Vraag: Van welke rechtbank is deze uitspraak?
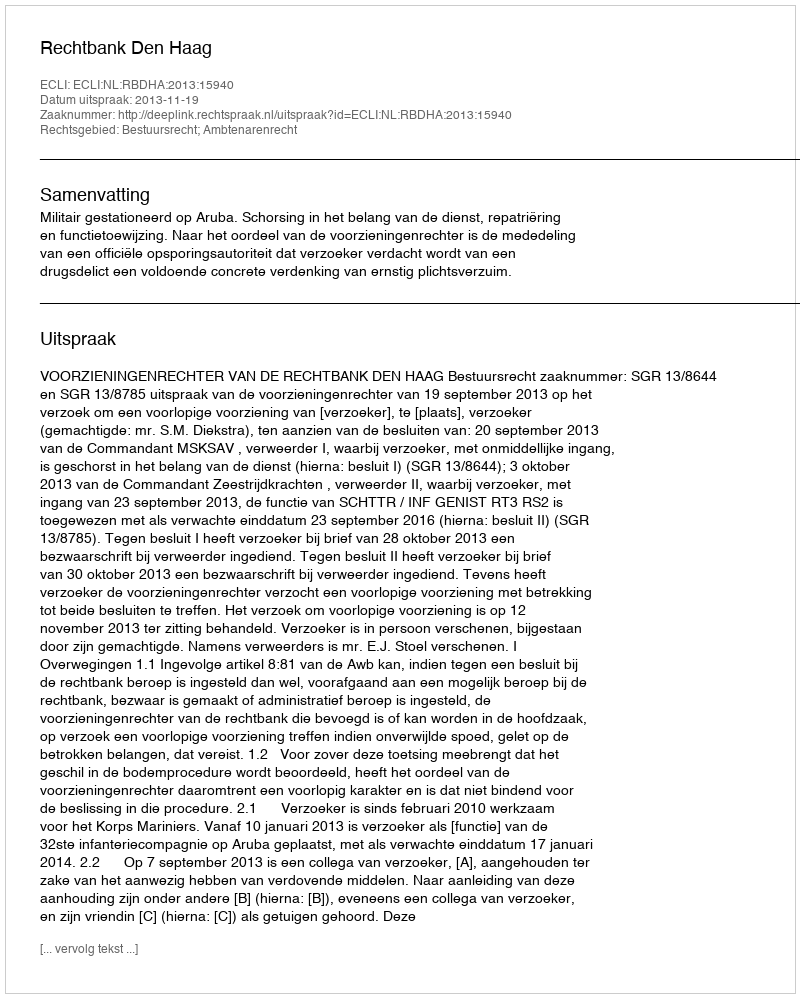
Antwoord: Rechtbank Den Haag